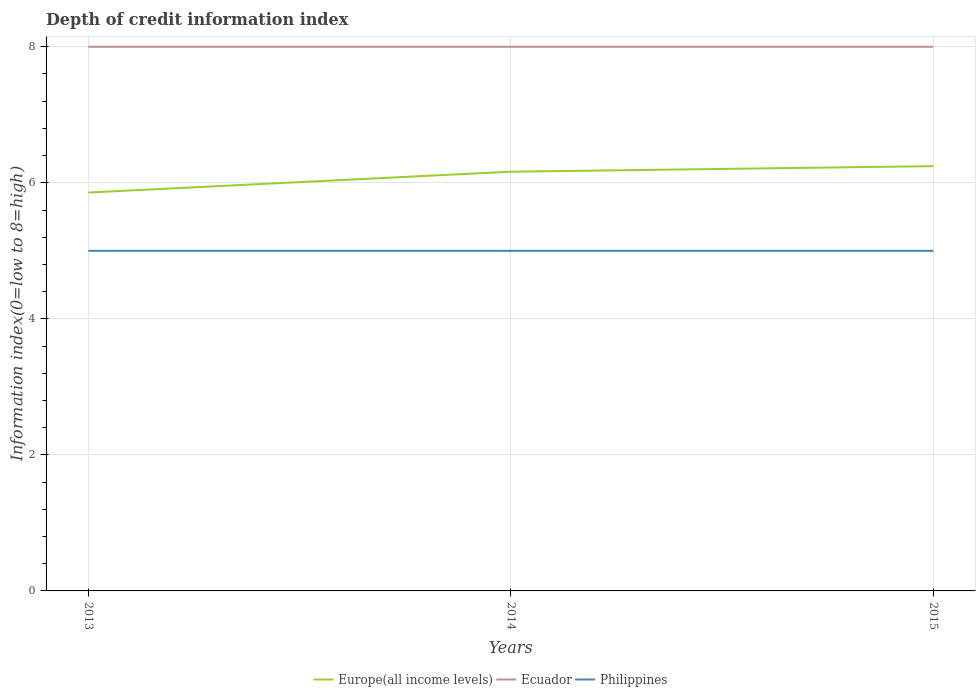
| Years | Europe(all income levels) | Ecuador | Philippines |
 | --- | --- | --- | --- |
 | 2013 | 5.86 | 8 | 5 |
 | 2014 | 6.16 | 8 | 5 |
 | 2015 | 6.24 | 8 | 5 |